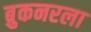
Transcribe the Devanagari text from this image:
ब्रुकनरला